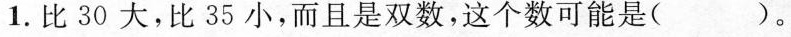
1.比30大，比35小，而且是双数，这个数可能是( )。